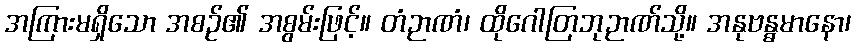
အကြားမရှိသော အစဉ်၏ အစွမ်းဖြင့်။ တံဉာဏံ၊ ထိုဂေါတြဘုဉာဏ်သို့။ အနုဗန္ဓမာနော၊